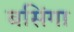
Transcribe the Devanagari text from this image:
बसिंगा